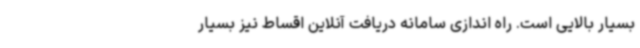
بسیار بالایی است. راه اندازی سامانه دریافت آنلاین اقساط نیز بسیار